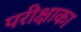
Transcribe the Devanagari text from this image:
परीक्षाका